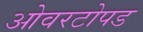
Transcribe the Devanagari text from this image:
ओवरटोपड